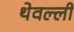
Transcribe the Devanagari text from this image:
थेवल्ली